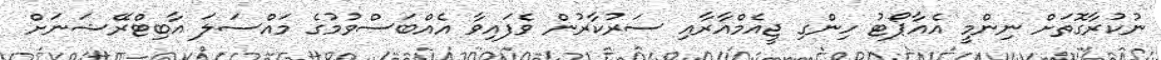
ނުކުރާގޮތަށް ނިންމީ އެއާޕޯޓު ހިންގި ޖީއެމްއާރާއި ސަރުކާރުން ވެފައިވާ އެއްބަސްވުމުގެ މައްސަލަ އާބިޓްރޭޝަނަށް